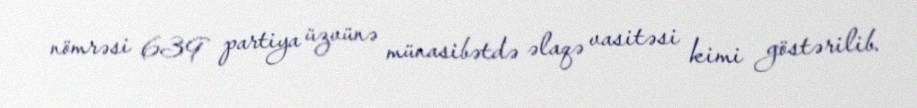
nömrəsi 639 partiya üzvünə münasibətdə əlaqə vasitəsi kimi göstərilib.